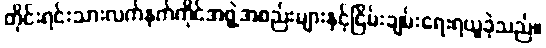
တိုင်းရင်းသားလက်နက်ကိုင်အဖွဲ့အစည်းများနှင့်ငြိမ်းချမ်းရေးရယူခဲ့သည်။